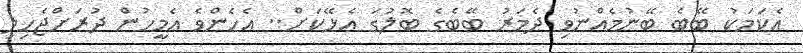
އެކަމަކު ބޭބެ ބޭނުމެއްނުވި ދެމަރު ބޭބެގެ ބޮލުގަ އެޅޭކަށް.. އެހެންވެ އެމީހުން ދުރަށްޖެހިލި